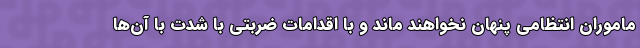
ماموران انتظامی پنهان نخواهند ماند و با اقدامات ضربتی با شدت با آن‌ها